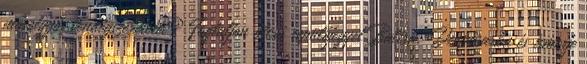
mosolygós vendégszeretetét? Foglaljon olcsó repülőjegyet Balira, Denpasarba és ismerje